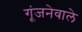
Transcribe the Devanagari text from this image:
गूंजनेवाले